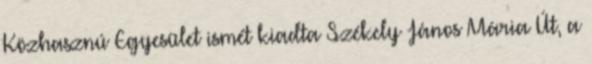
Közhasznú Egyesület ismét kiadta Székely János Mária Út, a